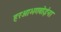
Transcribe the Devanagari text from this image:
हरआभगवोईना